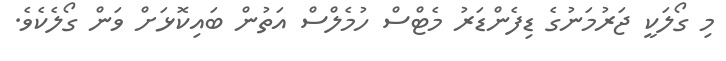
މި ގޯލަކީ ޖަރުމަނުގެ ޑިފެންޑަރު މެޓްސް ހުމެލްސް އަތުން ބައިކޮޅަށް ވަން ގޯލެކެވެ.